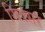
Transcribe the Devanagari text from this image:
सिक्सर